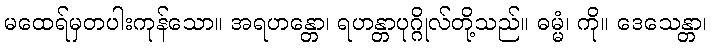
မထေရ်မှတပါးကုန်သော။ အရဟန္တော၊ ရဟန္တာပုဂ္ဂိုလ်တို့သည်။ ဓမ္မံ၊ ကို။ ဒေသေန္တာ၊